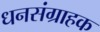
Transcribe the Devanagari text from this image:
धनसंग्राहक